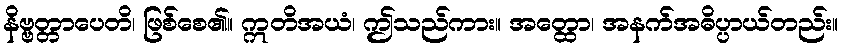
နိဗ္ဗတ္တာပေတိ၊ ဖြစ်စေ၏။ ဣတိအယံ၊ ဤသည်ကား။ အတ္ထော၊ အနက်အဓိပ္ပာယ်တည်း။